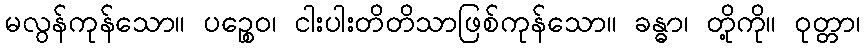
မလွန်ကုန်သော။ ပဉ္စေဝ၊ ငါးပါးတိတိသာဖြစ်ကုန်သော။ ခန္ဓာ၊ တို့ကို။ ဝုတ္တာ၊